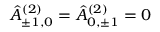
\hat { A } _ { \pm 1 , 0 } ^ { ( 2 ) } = \hat { A } _ { 0 , \pm 1 } ^ { ( 2 ) } = 0